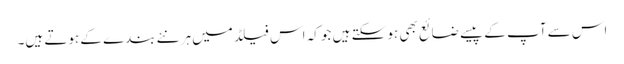
اس سے آپ کے پیسے ضائع بھی ہو سکتے ہیں جو کہ اس فیلڈ میں ہر نئے بندے کے ہوتے ہیں۔